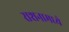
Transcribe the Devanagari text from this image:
राशनामध्ये